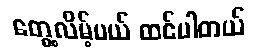
တွေ့လိမ့်မယ် ထင်ပါတယ်